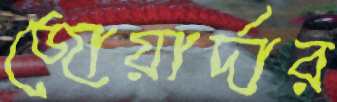
জোয়ার্দার